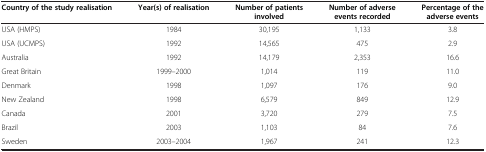
<table><thead><tr><td><b>Country of the study realisation</b></td><td><b>Year(s) of realisation</b></td><td><b>Number of patients involved</b></td><td><b>Number of adverse events recorded</b></td><td><b>Percentage of the adverse events</b></td></tr></thead><tbody><tr><td>USA (HMPS)</td><td>1984</td><td>30,195</td><td>1,133</td><td>3.8</td></tr><tr><td>USA (UCMPS)</td><td>1992</td><td>14,565</td><td>475</td><td>2.9</td></tr><tr><td>Australia</td><td>1992</td><td>14,179</td><td>2,353</td><td>16.6</td></tr><tr><td>Great Britain</td><td>1999–2000</td><td>1,014</td><td>119</td><td>11.0</td></tr><tr><td>Denmark</td><td>1998</td><td>1,097</td><td>176</td><td>9.0</td></tr><tr><td>New Zealand</td><td>1998</td><td>6,579</td><td>849</td><td>12.9</td></tr><tr><td>Canada</td><td>2001</td><td>3,720</td><td>279</td><td>7.5</td></tr><tr><td>Brazil</td><td>2003</td><td>1,103</td><td>84</td><td>7.6</td></tr><tr><td>Sweden</td><td>2003–2004</td><td>1,967</td><td>241</td><td>12.3</td></tr></tbody></table>